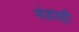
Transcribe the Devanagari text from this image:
मंडपही